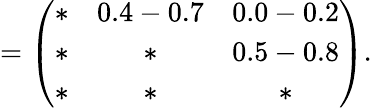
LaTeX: =\left(\begin{array}{ccc}{{\ast}}&{{0.4-0.7}}&{{0.0-0.2}}\\ {{\ast}}&{{\ast}}&{{0.5-0.8}}\\ {{\ast}}&{{\ast}}&{{\ast}}\end{array}\right).